Civil Veterinary Dept. Assam report 1927-50 - 1927-1950
Year: 1927
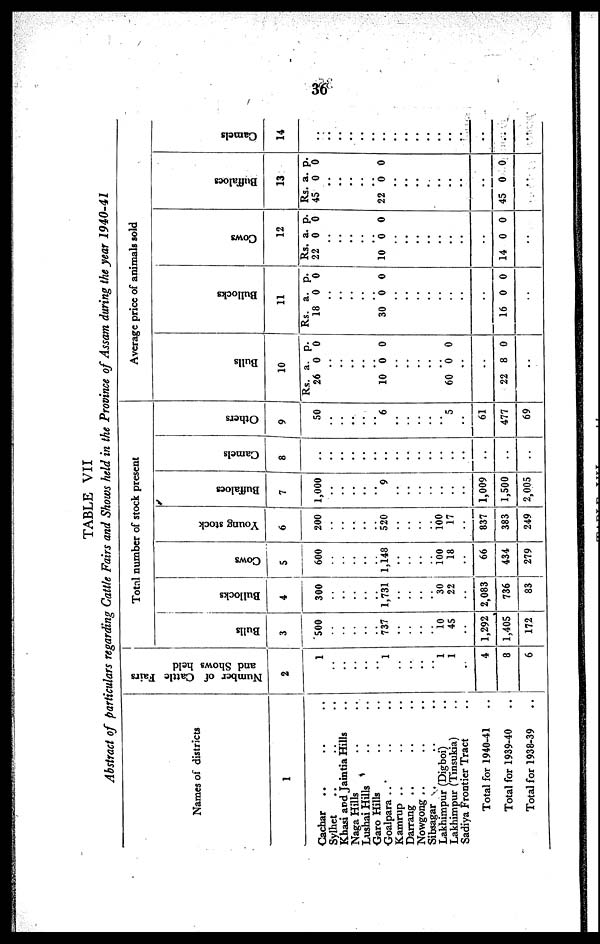
36
TABLE VII
Abstract of particulars regarding Cattle Fairs and Shows held in the Province of Assam during the year
1940-41
Names of districts
1
Cachar .. .. ..
Sylhet .. .. ..
Khasi and Jaintia Hills ..
Naga Hills .. ..
Lushai Hills .. ..
Garo Hills .. ..
Goalpara .. .. ..
Kamrup .. .. ..
Darrang .. .. ..
Nowgong .. .. ..
Sibsagar .. .. ..
Lakhimpur (Digboi) ..
Lakhimpur (Tinsukia) ..
Sadiya Frontier Tract ..
Total for 1940-41 ..
Total for 1939-40 ..
Total for 1938-39 ..
Number of Cattle Fairs
and Shows held
2
1
..
..
..
..
..
1
..
..
..
..
1
1
..
4
8
6
Total number of stock present
Bulls
3
500
..
..
..
..
..
737
..
..
..
..
10
45
..
1,292
1,405
172
Bullocks
4
300
..
..
..
..
..
1,731
..
..
..
..
30
22
..
2,083
736
83
Cows
5
600
..
..
..
..
..
1,148
..
..
..
..
100
18
..
66
434
279
Young stock
6
200
..
..
..
..
..
520
..
..
..
..
100
17
..
837
383
249
Buffaloes
7
1,000
..
..
..
..
..
9
..
..
..
..
..
..
..
1,009
1,500
2,005
Camels
8
..
..
..
..
..
..
..
..
..
..
..
..
..
..
..
..
..
Others
9
50
..
..
..
..
..
6
..
..
..
..
..
5
..
61
477
69
Average price of animals sold
Bulls
10
Rs. a. p.
26 0 0
..
..
..
..
..
10 0 0
..
..
..
..
..
60 0 0
..
..
22 8 0
..
Bullocks
11
Rs. a. p.
18 0 0
..
..
..
..
..
30 0 0
..
..
..
..
..
..
..
..
16 0 0
..
Cows
12
Rs. a. p.
22 0 0
..
..
..
..
..
10 0 0
..
..
..
..
..
..
..
..
14 0 0
..
Buffaloes
13
Rs. a. p.
45 0 0
..
..
..
..
..
22 0 0
..
..
..
..
..
..
..
..
45 0 0
..
Camels
14
..
..
..
..
..
..
..
..
..
..
..
..
..
..
..
..
..